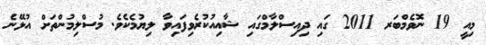
މިއީ 19 ނޮވެމްބަރ 2011 ގައި ދިއިސްލާމްގައި ޝާއިއުކުރެވިފައިވާ ލިޔުމެކެވެ. މުސްލިމުންތަށް އުޅޭނެ